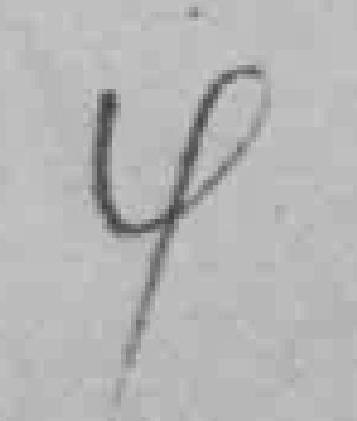
4